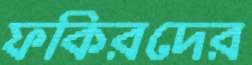
ফকিরদের